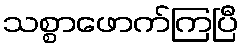
သစ္စာဖောက်ကြပြီ